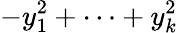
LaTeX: -y_{1}^{2}+\cdots+y_{k}^{2}